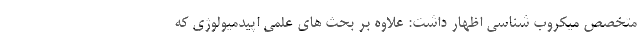
متخصص میکروب شناسی اظهار داشت: علاوه بر بحث های علمی اپیدمیولوژی که